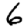
Digit: 6